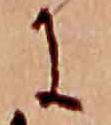
に